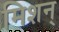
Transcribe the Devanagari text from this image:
मिशन्‌